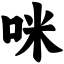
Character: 咪